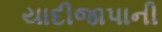
યાદીજાપાની